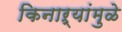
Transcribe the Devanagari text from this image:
किनाऱ्यांमुळे